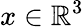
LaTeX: x\in\mathbb{R}^{3}